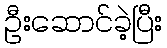
ဦးဆောင်ခဲ့ပြီး